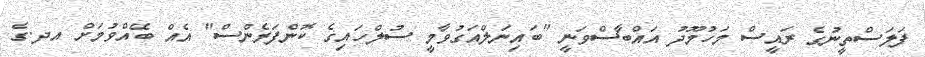
ފަލަސްތީނުގެ ރައީސް މަަހުމޫދު އައްބާސްވަނީ "ބައިނަލްއަގުވާމީ ސުލްހައިގެ ކޮންފަރެންސް" އެއް ބޭއްވުމަށް އދ.ގެ